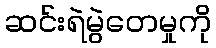
ဆင်းရဲမွဲတေမှုကို